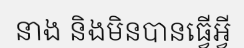
នាង និងមិនបានធ្វើអ្វី